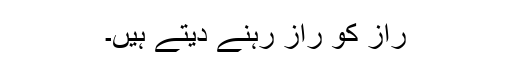
راز کو راز رہنے دیتے ہیں۔